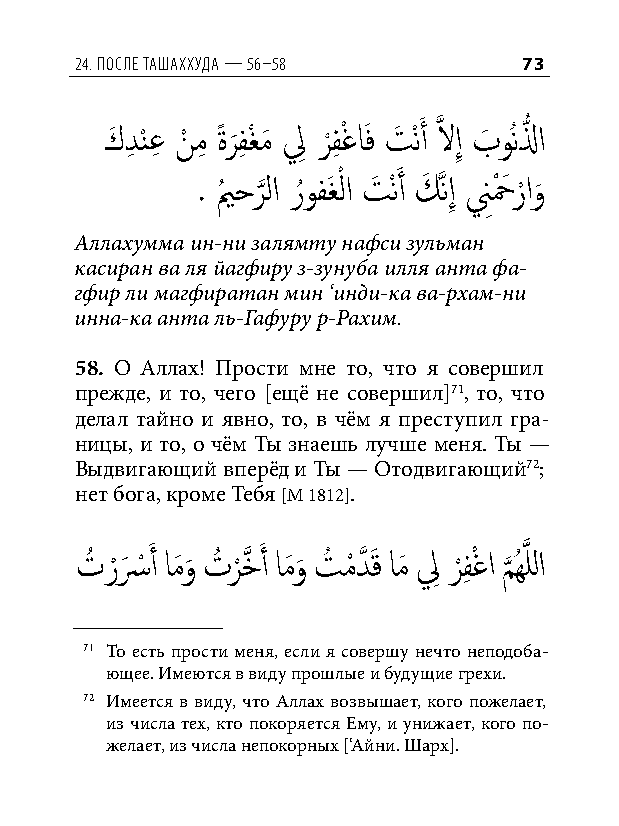
24. После ташаххуда — 56–58   73
 كَ دِ نْ عِ نْ مِ ةًر
 َ
 فِ غْ مَ لِ ر
 ْ
 فِ ْغاَف تَ ْنَ أ َّذ لاإِ بَ وُنلُّ ا
 . يمُ حر
 َّذ
 لا رُوفَغْ لا تَ ْنَ أ كَ َّذنإِ نِحْ َ ر ْاو
 َ
 Аллахумма ин-ни залямту нафси зульман
 касиран ва ля йагфиру з-зунуба илля анта фа-
 гфир ли магфиратан мин ‘инди-ка ва-рхам-ни
 инна-ка анта ль-Гафуру р-Рахим.
 58. О Аллах! Прости мне то, что я совершил
 прежде, и то, чего [ещё не совершил]71, то, что
 делал тайно и явно, то, в чём я преступил гра-
 ницы, и то, о чём Ты знаешь лучше меня. Ты —
 Выдвигающий вперёд и Ты — Отодвигающий72;
 нет бога, кроме Тебя [М 1812].
 تُ ر ْسَ ْ َ أ امَو َ تُ ر ْ خَّذ َ أ امَو َ تُ مْ دَّذ َق امَ لِ ر ْ فِ ْغا م َّذ ُهَّذ للا
 71 То есть прости меня, если я совершу нечто неподоба-
 ющее. Имеются в виду прошлые и будущие грехи.
 72 Имеется в виду, что Аллах возвышает, кого пожелает,
 из числа тех, кто покоряется Ему, и унижает, кого по-
 желает, из числа непокорных [‘Айни. Шарх].